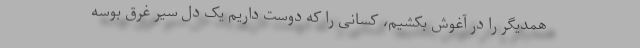
همدیگر را در آغوش بکشیم، کسانی را که دوست داریم یک دلِ سیر غرق بوسه